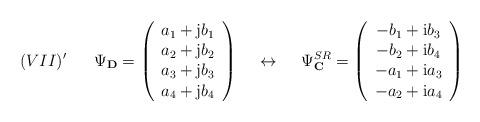
LaTeX: \begin{align*}(VII)' \hspace{7mm} \Psi_{\bf D} =\left(\begin{array}{c}a_1 +{\rm j}b_1 \\a_2 +{\rm j}b_2 \\a_3 +{\rm j}b_3 \\a_4 +{\rm j}b_4\end{array}\right) \hspace{5mm} \leftrightarrow \hspace{5mm}\Psi^{SR}_{\bf C} =\left(\begin{array}{c}-b_1+{\rm i}b_3 \\-b_2+{\rm i}b_4 \\-a_1+{\rm i}a_3 \\-a_2+{\rm i}a_4\end{array}\right)\end{align*}